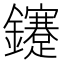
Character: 鑳